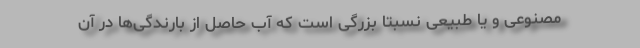
مصنوعی و یا طبیعی نسبتاً بزرگی است که آب حاصل از بارندگی‌ها در آن